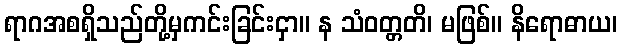
ရာဂအစရှိသည်တို့မှကင်းခြင်းငှာ။ န သံဝတ္တတိ၊ မဖြစ်။ နိရောဓာယ၊